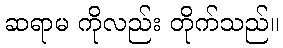
ဆရာမ ကိုလည်း တိုက်သည်။